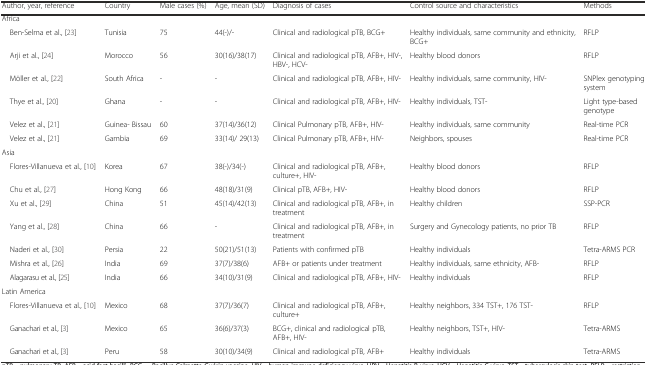
<table><thead><tr><td><b>Author, year, reference</b></td><td><b>Country </b></td><td><b>Male cases (%)</b></td><td><b>Age, mean (SD)</b></td><td><b>Diagnosis of cases</b></td><td><b>Control source and characteristics</b></td><td><b>Methods</b></td></tr></thead><tbody><tr><td>Africa</td><td></td><td></td><td></td><td></td><td></td><td></td></tr><tr><td> Ben-Selma et al., [23]</td><td>Tunisia</td><td>75</td><td>44(-)/-</td><td>Clinical and radiological pTB, BCG+</td><td>Healthy individuals, same community and ethnicity, BCG+</td><td>RFLP</td></tr><tr><td> Arji et al., [24]</td><td>Morocco</td><td>56</td><td>30(16)/38(17)</td><td>Clinical and radiological pTB, AFB+, HIV-, HBV-, HCV-</td><td>Healthy blood donors</td><td>RFLP</td></tr><tr><td> Möller et al., [22]</td><td>South Africa</td><td>-</td><td>-</td><td>Clinical and radiological pTB, AFB+, HIV-</td><td>Healthy individuals, same community, HIV-</td><td>SNPlex genotyping system</td></tr><tr><td> Thye et al., [20]</td><td>Ghana</td><td>-</td><td>-</td><td>Clinical and radiological pTB, AFB+, HIV-</td><td>Healthy individuals, TST-</td><td>Light type-based genotype</td></tr><tr><td> Velez et al., [21]</td><td>Guinea- Bissau</td><td>60</td><td>37(14)/36(12)</td><td>Clinical Pulmonary pTB, AFB+, HIV-</td><td>Healthy individuals, same community</td><td>Real-time PCR</td></tr><tr><td> Velez et al., [21]</td><td>Gambia</td><td>69</td><td>33(14)/ 29(13)</td><td>Clinical Pulmonary pTB, AFB+, HIV-</td><td>Neighbors, spouses</td><td>Real-time PCR</td></tr><tr><td>Asia</td><td></td><td></td><td></td><td></td><td></td><td></td></tr><tr><td> Flores-Villanueva et al., [10]</td><td>Korea</td><td>67</td><td>38(-)/34(-)</td><td>Clinical and radiological pTB, AFB+, culture+, HIV-</td><td>Healthy blood donors</td><td>RFLP</td></tr><tr><td> Chu et al., [27]</td><td>Hong Kong</td><td>66</td><td>48(18)/31(9)</td><td>Clinical pTB, AFB+, HIV-</td><td>Healthy blood donors</td><td>RFLP</td></tr><tr><td> Xu et al., [29]</td><td>China</td><td>51</td><td>45(14)/42(13)</td><td>Clinical and radiological pTB, AFB+, in treatment</td><td>Healthy children</td><td>SSP-PCR</td></tr><tr><td> Yang et al., [28]</td><td>China</td><td>66</td><td>-</td><td>Clinical and radiological pTB, AFB+, in treatment</td><td>Surgery and Gynecology patients, no prior TB</td><td>RFLP</td></tr><tr><td> Naderi et al., [30]</td><td>Persia</td><td>22</td><td>50(21)/51(13)</td><td>Patients with confirmed pTB</td><td>Healthy individuals</td><td>Tetra-ARMS PCR</td></tr><tr><td> Mishra et al., [26]</td><td>India</td><td>69</td><td>37(7)/38(6)</td><td>AFB+ or patients under treatment</td><td>Healthy individuals, same ethnicity, AFB-</td><td>RFLP</td></tr><tr><td> Alagarasu et al., [25]</td><td>India</td><td>66</td><td>34(10)/31(9)</td><td>Clinical and radiological pTB, AFB+, HIV-</td><td>Healthy individuals</td><td>RFLP</td></tr><tr><td>Latin America</td><td></td><td></td><td></td><td></td><td></td><td></td></tr><tr><td> Flores-Villanueva et al., [10]</td><td>Mexico</td><td>68</td><td>37(7)/36(7)</td><td>Clinical and radiological pTB, AFB+, culture+</td><td>Healthy neighbors, 334 TST+, 176 TST-</td><td>RFLP</td></tr><tr><td> Ganachari et al., [3]</td><td>Mexico</td><td>65</td><td>36(6)/37(3)</td><td>BCG+, clinical and radiological pTB, AFB+, HIV-</td><td>Healthy neighbors, TST+, HIV-</td><td>Tetra-ARMS</td></tr><tr><td> Ganachari et al., [3]</td><td>Peru</td><td>58</td><td>30(10)/34(9)</td><td>Clinical and radiological pTB, AFB+</td><td>Healthy individuals</td><td>Tetra-ARMS</td></tr></tbody></table>